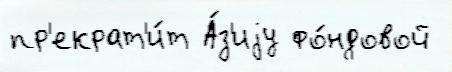
пр'екрат'и́т А́з'иjу фо́ндовой